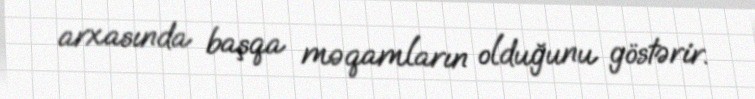
arxasında başqa məqamların olduğunu göstərir.